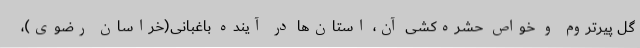
گل پیرتروم و خواص حشره‌کشی آن، استان‌ها در آینده باغبانی(خراسان رضوی)،